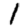
Digit: 1